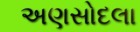
અણસોદલા